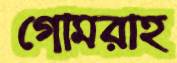
গোমরাহ